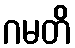
ဂမတိ